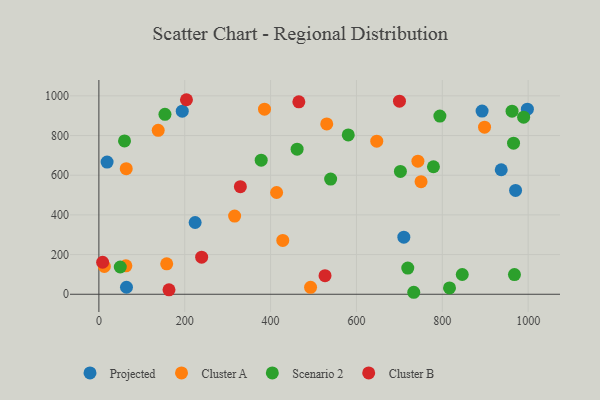
{"axis": {"x": "Engine Size", "y": "Rating"}, "legend": ["Cluster A", "Cluster B", "Projected", "Scenario 2"], "data": [{"x": "937.3", "y": 627.6, "type": "Projected"}, {"x": "19.1", "y": 666.0, "type": "Projected"}, {"x": "998.2", "y": 932.7, "type": "Projected"}, {"x": "710.4", "y": 287.6, "type": "Projected"}, {"x": "64.3", "y": 35.4, "type": "Projected"}, {"x": "194.2", "y": 922.9, "type": "Projected"}, {"x": "224.2", "y": 361.7, "type": "Projected"}, {"x": "892.7", "y": 923.2, "type": "Projected"}, {"x": "970.7", "y": 523.1, "type": "Projected"}, {"x": "138.2", "y": 826.3, "type": "Cluster A"}, {"x": "493.1", "y": 34.8, "type": "Cluster A"}, {"x": "414.0", "y": 512.8, "type": "Cluster A"}, {"x": "316.2", "y": 394.1, "type": "Cluster A"}, {"x": "62.9", "y": 143.1, "type": "Cluster A"}, {"x": "750.5", "y": 567.5, "type": "Cluster A"}, {"x": "428.4", "y": 271.5, "type": "Cluster A"}, {"x": "158.0", "y": 153.4, "type": "Cluster A"}, {"x": "898.4", "y": 842.3, "type": "Cluster A"}, {"x": "63.7", "y": 633.0, "type": "Cluster A"}, {"x": "743.2", "y": 670.6, "type": "Cluster A"}, {"x": "530.8", "y": 858.5, "type": "Cluster A"}, {"x": "12.7", "y": 140.2, "type": "Cluster A"}, {"x": "647.3", "y": 771.4, "type": "Cluster A"}, {"x": "385.8", "y": 932.6, "type": "Cluster A"}, {"x": "378.1", "y": 675.7, "type": "Scenario 2"}, {"x": "719.6", "y": 132.0, "type": "Scenario 2"}, {"x": "59.7", "y": 772.8, "type": "Scenario 2"}, {"x": "702.4", "y": 618.8, "type": "Scenario 2"}, {"x": "153.9", "y": 907.0, "type": "Scenario 2"}, {"x": "989.5", "y": 892.5, "type": "Scenario 2"}, {"x": "846.5", "y": 99.7, "type": "Scenario 2"}, {"x": "539.9", "y": 580.4, "type": "Scenario 2"}, {"x": "962.5", "y": 922.6, "type": "Scenario 2"}, {"x": "816.8", "y": 32.0, "type": "Scenario 2"}, {"x": "49.8", "y": 137.3, "type": "Scenario 2"}, {"x": "779.4", "y": 642.5, "type": "Scenario 2"}, {"x": "580.9", "y": 803.1, "type": "Scenario 2"}, {"x": "968.1", "y": 99.1, "type": "Scenario 2"}, {"x": "794.4", "y": 898.2, "type": "Scenario 2"}, {"x": "733.5", "y": 10.0, "type": "Scenario 2"}, {"x": "461.8", "y": 731.3, "type": "Scenario 2"}, {"x": "966.0", "y": 761.2, "type": "Scenario 2"}, {"x": "204.0", "y": 980.4, "type": "Cluster B"}, {"x": "239.4", "y": 186.7, "type": "Cluster B"}, {"x": "465.8", "y": 969.9, "type": "Cluster B"}, {"x": "163.3", "y": 22.5, "type": "Cluster B"}, {"x": "526.8", "y": 93.7, "type": "Cluster B"}, {"x": "329.6", "y": 542.4, "type": "Cluster B"}, {"x": "700.2", "y": 973.0, "type": "Cluster B"}, {"x": "8.7", "y": 161.2, "type": "Cluster B"}]}